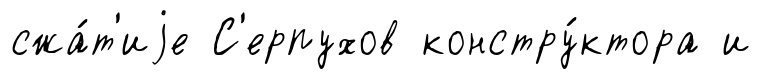
сжа́т'иjе С'ерпухов констру́ктора и